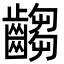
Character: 齺